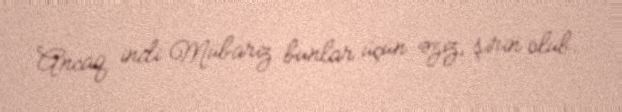
Ancaq indi Mübariz bunlar üçün əziz, şirin olub.